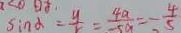
\sin \alpha = \frac { y } { r } = \frac { 4 a } { - 5 a } = - \frac { 4 } { 5 }